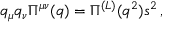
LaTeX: q _ { \mu } q _ { \nu } \Pi ^ { \mu \nu } ( q ) = \Pi ^ { ( L ) } ( q ^ { 2 } ) s ^ { 2 } \, ,